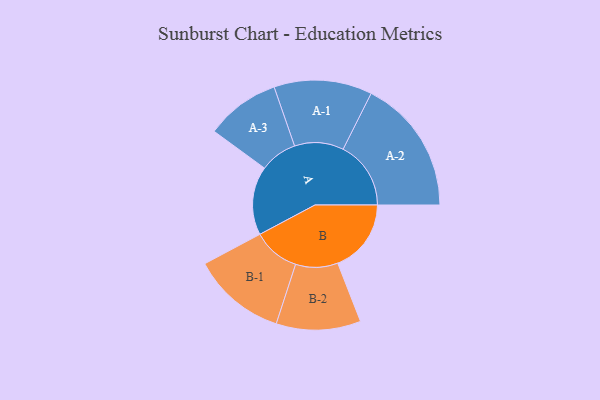
{"axis": {"x": "Segment", "y": "Value"}, "legend": ["", "A", "B"], "data": [{"x": "A", "y": 301, "type": ""}, {"x": "B", "y": 322, "type": ""}, {"x": "A-1", "y": 215, "type": "A"}, {"x": "A-2", "y": 297, "type": "A"}, {"x": "A-3", "y": 163, "type": "A"}, {"x": "B-1", "y": 206, "type": "B"}, {"x": "B-2", "y": 185, "type": "B"}]}